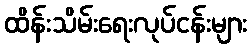
ထိန်းသိမ်းရေးလုပ်ငန်းများ